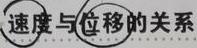
速度与位移的关系